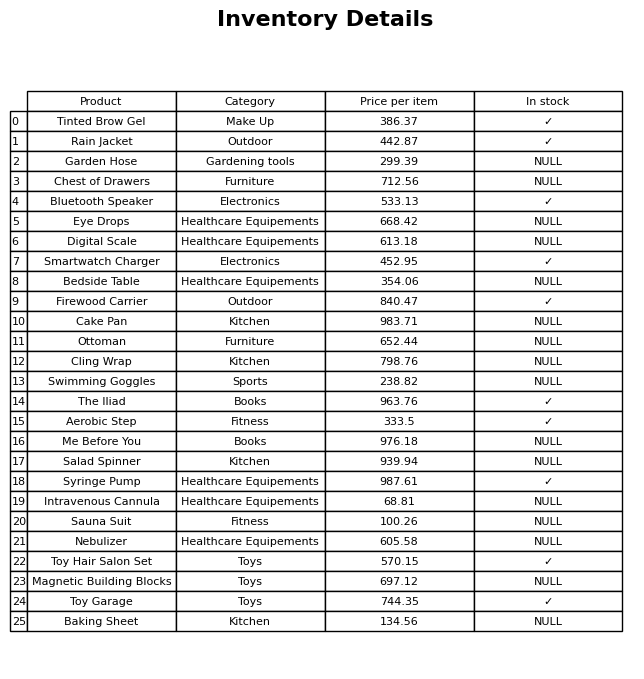
question: What category does the Rain Jacket belong to?
answer: Outdoor